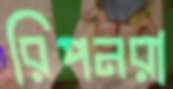
রিপনরা